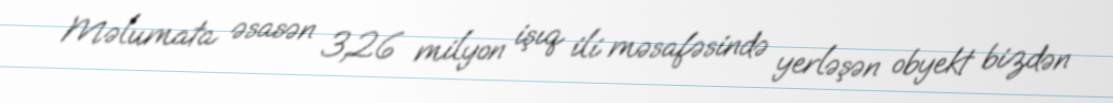
Məlumata əsasən 3,26 milyon işıq ili məsafəsində yerləşən obyekt bizdən